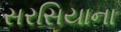
સરસિયાના